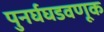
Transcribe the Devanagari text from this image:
पुनर्घघडवणूक